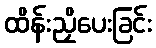
ထိန်းညှိပေးခြင်း